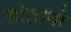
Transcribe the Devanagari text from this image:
सोतानो